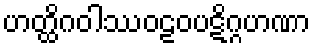
ဟတ္ထိဂဝါဿဝဠဝပဋိဂ္ဂဟဏာ